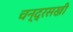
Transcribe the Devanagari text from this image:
चन्द्रसखी